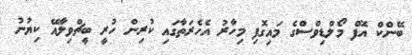
ބޭންކް އޮފް މޯލްޑިވްސްގެ މައިގޮފި މިހާރު އެހެރަތާގައި ކުރިން ހުރީ ބީޗްވިލާއޭ ކިޔުނު